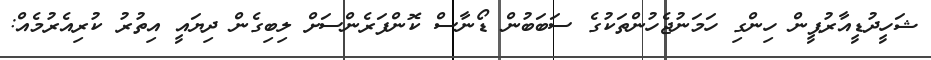
ޝަހީދުޑީއާރުޕީން ހިންގި ހަމަނުޖެހުންތަކުގެ ސަބަބުން ޑޯނާސް ކޮންފަރެންސަށް ލިބިގެން ދިޔައީ އިތުރު ކުރިއެރުމެއް: